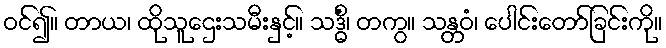
ဝင်၍။ တာယ၊ ထိုသူဌေးသမီးနှင့်။ သဒ္ဓိံ၊ တကွ။ သန္တဝံ၊ ပေါင်းတော်ခြင်းကို။